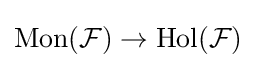
\mathrm {Mon} ({\mathcal {F}})\to \mathrm {Hol} ({\mathcal {F}})